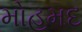
મોહમદ